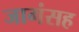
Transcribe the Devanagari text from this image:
जागंसह